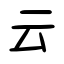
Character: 云